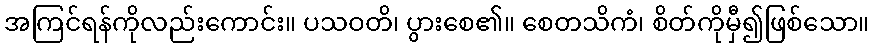
အကြင်ရန်ကိုလည်းကောင်း။ ပသဝတိ၊ ပွားစေ၏။ စေတသိကံ၊ စိတ်ကိုမှီ၍ဖြစ်သော။